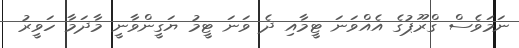
ނަމަވެސް ގްރޫޕުގެ އެއްވަނަ ޓީމާއި ދެ ވަނަ ޓީމު ޔަގީންވާނީ މާދަމާ ހަވީރު